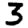
Digit: 3